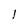
Character: l